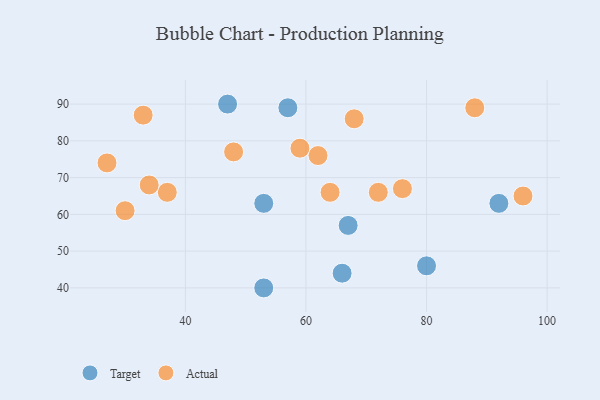
{"axis": {"x": "GDP", "y": "Life Expectancy"}, "legend": ["Actual", "Target"], "data": [{"x": "47", "y": 90, "type": "Target"}, {"x": "53", "y": 63, "type": "Target"}, {"x": "67", "y": 57, "type": "Target"}, {"x": "57", "y": 89, "type": "Target"}, {"x": "53", "y": 40, "type": "Target"}, {"x": "80", "y": 46, "type": "Target"}, {"x": "92", "y": 63, "type": "Target"}, {"x": "66", "y": 44, "type": "Target"}, {"x": "37", "y": 66, "type": "Actual"}, {"x": "33", "y": 87, "type": "Actual"}, {"x": "27", "y": 74, "type": "Actual"}, {"x": "68", "y": 86, "type": "Actual"}, {"x": "48", "y": 77, "type": "Actual"}, {"x": "76", "y": 67, "type": "Actual"}, {"x": "72", "y": 66, "type": "Actual"}, {"x": "96", "y": 65, "type": "Actual"}, {"x": "62", "y": 76, "type": "Actual"}, {"x": "34", "y": 68, "type": "Actual"}, {"x": "64", "y": 66, "type": "Actual"}, {"x": "59", "y": 78, "type": "Actual"}, {"x": "30", "y": 61, "type": "Actual"}, {"x": "88", "y": 89, "type": "Actual"}]}